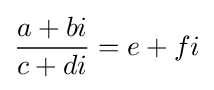
{\frac {a+bi}{c+di}}=e+fi